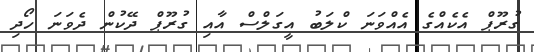
ގުރޫޕް އެކެއްގެ އެއްވަނަ ކްލަބު އީގަލްސް އާއި ގުރޫޕް ދޭކުން ދެވަނަ ހޯދި